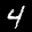
Label: 4